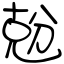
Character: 兝